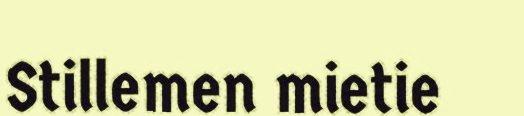
Stillemen mietie